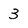
Character: 3